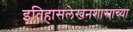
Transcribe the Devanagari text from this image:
इतिहासलेखनशास्त्राच्या